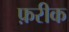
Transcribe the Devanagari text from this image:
फ़रीक